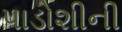
પાડોશીની